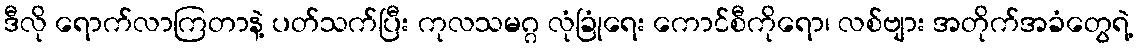
ဒီလို ရောက်လာကြတာနဲ့ ပတ်သက်ပြီး ကုလသမဂ္ဂ လုံခြုံရေး ကောင်စီကိုရော၊ လစ်ဗျား အတိုက်အခံတွေရဲ့